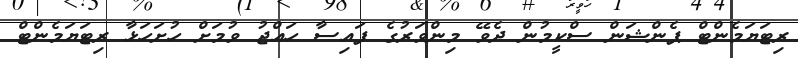
ރިޓަޔަމެންޓް ޕެންޝަން ސްކީމުން ދެވޭ މިންވަރުގެ ފައިސާ ހައްޖު ވުމަށް ހުށަހަޅާ ރިޓަޔަމެންޓް